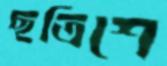
ছত্রিশে